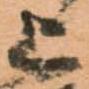
上